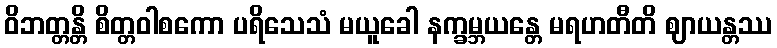
ဝိဘတ္တန္တိ စိတ္တဝါစကော ပရိသေသံ မယူခေါ နက္ခမ္ဘယန္တေ မရဟတီတိ ဈာယန္တဿ